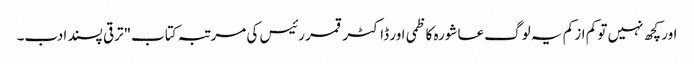
اور کچھ نہیں تو کم از کم یہ لوگ عاشورہ کاظمی اور ڈاکٹر قمر رئیس کی مرتبہ کتاب"ترقی پسند ادب۔